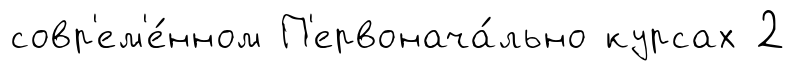
совр'ем'е́нном П'ервонача́льно курсах 2